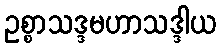
ဥစ္စာသဒ္ဒမဟာသဒ္ဒါယ